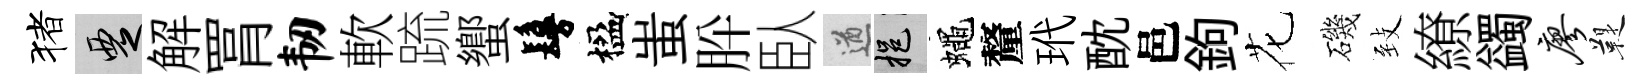
猪覂解罥韧軟䟽蠁鬘楹蚩肸臥遒挹蠅釐玳酖邑鉤花磯𦤺繚蠲廖鞮